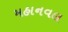
મહાનવલ